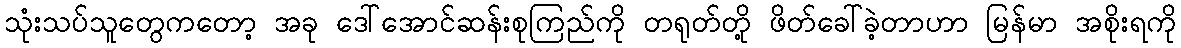
သုံးသပ်သူတွေကတော့ အခု ဒေါ်အောင်ဆန်းစုကြည်ကို တရုတ်တို့ ဖိတ်ခေါ်ခဲ့တာဟာ မြန်မာ အစိုးရကို